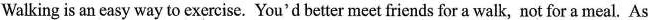
Walking is an easy way to exercise. You'd better meet friends for a walk, not for a meal. As